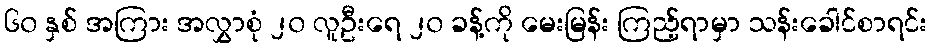
၆၀ နှစ် အကြား အလွှာစုံ ၂၀ လူဦးရေ ၂၀ ခန့်ကို မေးမြန်း ကြည့်ရာမှာ သန်းခေါင်စာရင်း